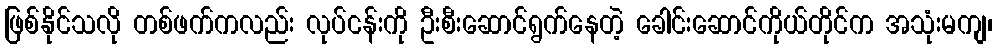
ဖြစ်နိုင်သလို တစ်ဖက်ကလည်း လုပ်ငန်းကို ဦးစီးဆောင်ရွက်နေတဲ့ ခေါင်းဆောင်ကိုယ်တိုင်က အသုံးမကျ၊